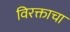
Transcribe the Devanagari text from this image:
विरक्ताचा